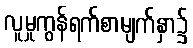
လူမှုကွန်ရက်စာမျက်နှာ၌